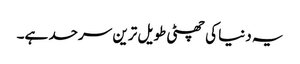
یہ دنیا کی چھٹی طویل ترین سرحد ہے۔